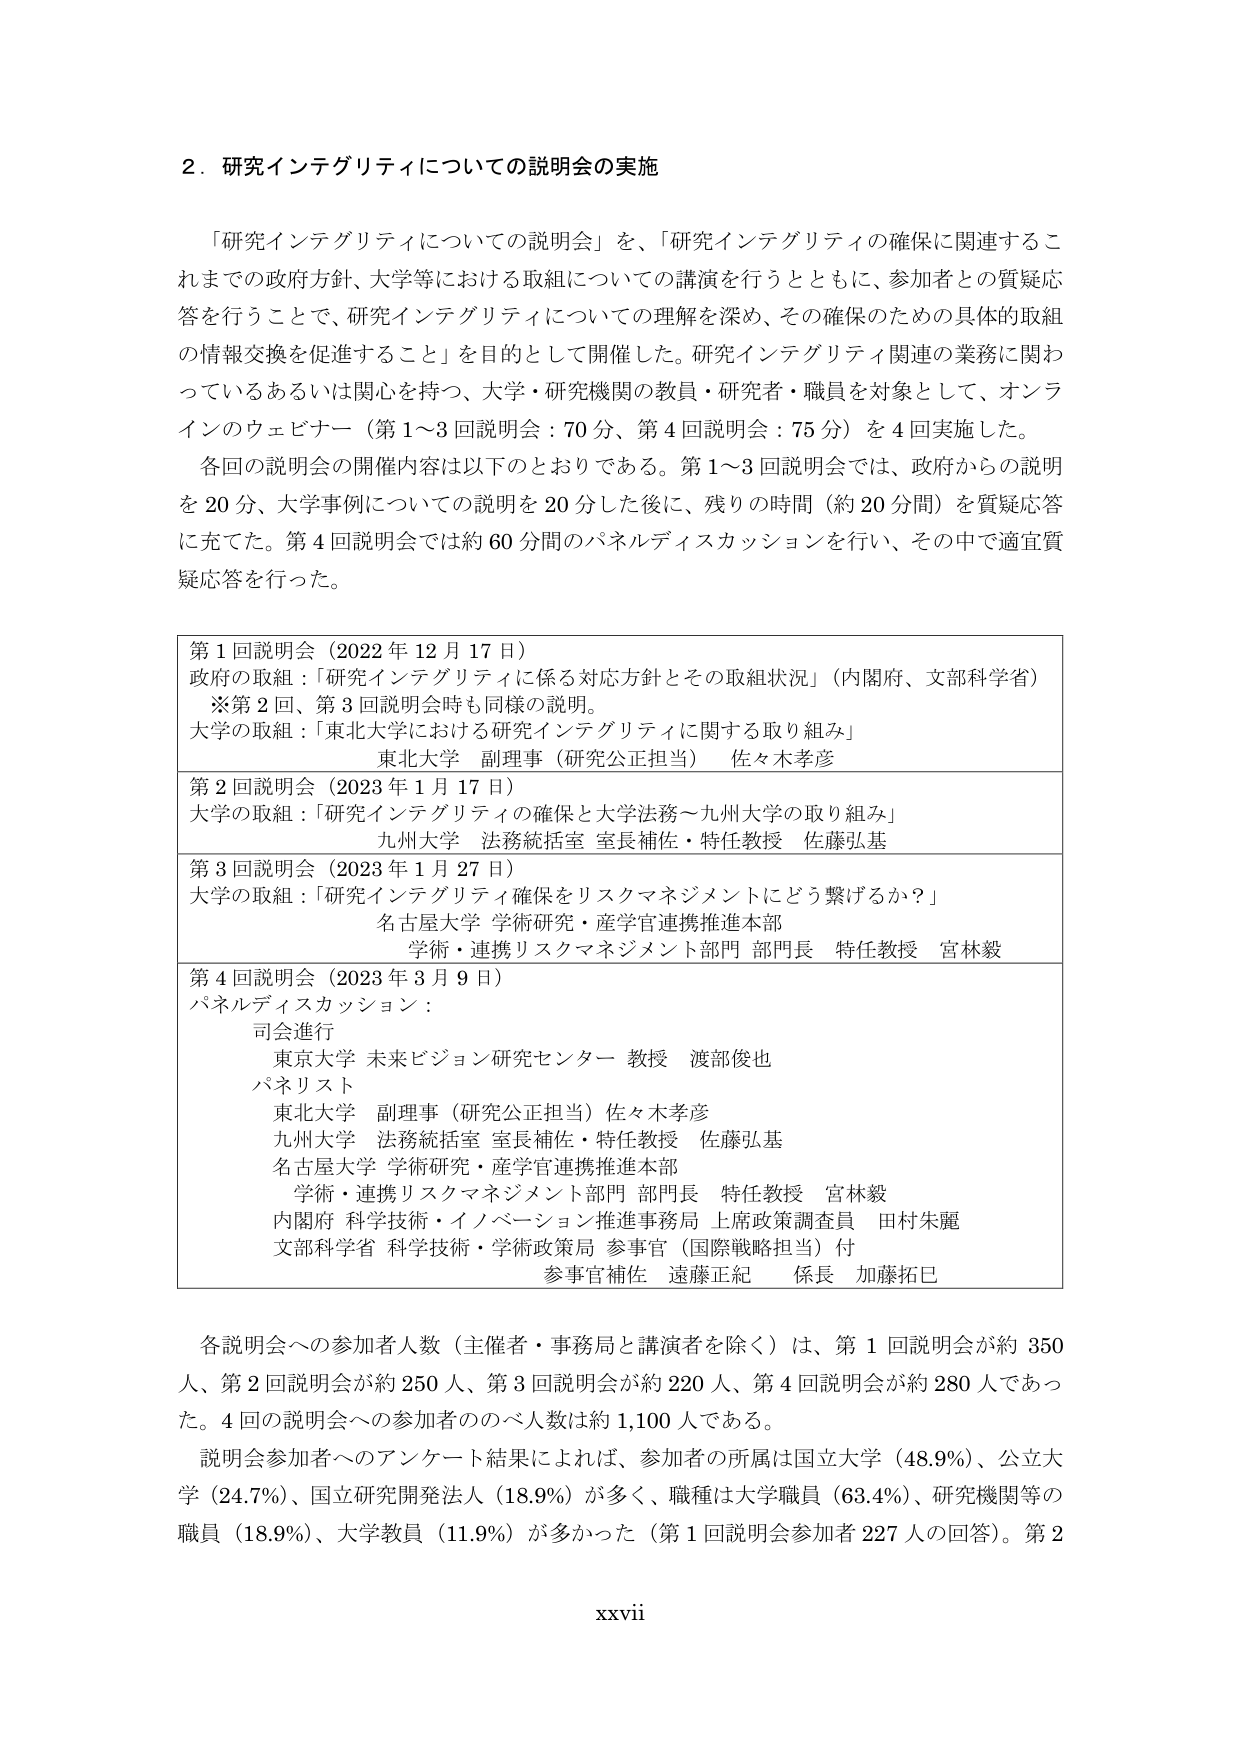
2．研究インテグリティについての説明会の実施

「研究インテグリティについての説明会」を、「研究インテグリティの確保に関連するこれまでの政府方針、大学等における取組についての講演を行うとともに、参加者との質疑応答を行うことで、研究インテグリティについての理解を深め、その確保のための具体的取組の情報交換を促進すること」を目的として開催した。研究インテグリティ関連の業務に関わっているあるいは関心を持つ、大学・研究機関の教員・研究者・職員を対象として、オンラインのウェビナー（第1～3回説明会：70分、第4回説明会：75分）を4回実施した。

各回の説明会の開催内容は以下のとおりである。第1～3回説明会では、政府からの説明を20分、大学事例についての説明を20分した後に、残りの時間（約20分間）を質疑応答に充てた。第4回説明会では約60分間のパネルディスカッションを行い、その中で適宜質疑応答を行った。

第1回説明会（2022年12月17日）
政府の取組：「研究インテグリティに係る対応方針とその取組状況」（内閣府、文部科学省）
※第2回・第3回説明会時も同様の説明。
大学の取組：「東北大学における研究インテグリティに関する取り組み」
東北大学 副理事（研究公正担当） 佐々木孝彦

第2回説明会（2023年1月17日）
大学の取組：「研究インテグリティの確保と大学法務～九州大学の取り組み」
九州大学 法務統括室 室長補佐・特任教授 佐藤弘基

第3回説明会（2023年1月27日）
大学の取組：「研究インテグリティ確保をリスクマネジメントにどう繋げるか？」
名古屋大学 学術研究・産学官連携推進本部
学術・連携リスクマネジメント部門 部門長 特任教授 宮林毅

第4回説明会（2023年3月9日）
パネルディスカッション：
司会進行
東京大学 未来ビジョン研究センター 教授 渡部俊也
パネリスト
東北大学 副理事（研究公正担当）佐々木孝彦
九州大学 法務統括室 室長補佐・特任教授 佐藤弘基
名古屋大学 学術研究・産学官連携推進本部
学術・連携リスクマネジメント部門 部門長 特任教授 宮林毅
内閣府 科学技術・イノベーション推進事務局 上席政策調査員 田村朱麗
文部科学省 科学技術・学術政策局 参事官（国際戦略担当）付
参事官補佐 遠藤正紀 係長 加藤拓巳

各説明会への参加者人数（主催者・事務局と講演者を除く）は、第1回説明会が約350人、第2回説明会が約250人、第3回説明会が約220人、第4回説明会が約280人であった。4回の説明会への参加者の総人数は約1,100人である。

説明会参加者へのアンケート結果によれば、参加者の所属は国立大学（48.9%）、公立大学（24.7%）、国立研究開発法人（18.9%）が多く、職種は大学職員（63.4%）、研究機関等の職員（18.9%）、大学教員（11.9%）が多かった（第1回説明会参加者227人の回答）。第2

xxvii